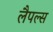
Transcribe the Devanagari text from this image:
लैपल्स